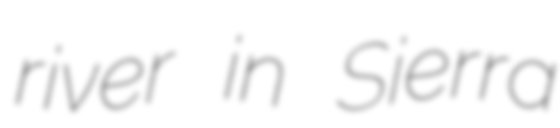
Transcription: river in Sierra